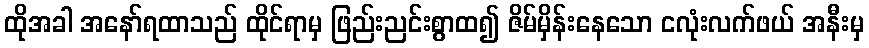
ထိုအခါ အနော်ရထာသည် ထိုင်ရာမှ ဖြည်းညင်းစွာထ၍ ဇိမ်မှိန်းနေသော ငလုံးလက်ဖယ် အနီးမှ